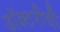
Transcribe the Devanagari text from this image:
डॉक्टरीची